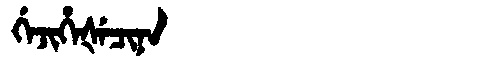
Manchu: ᡤᡝᠵᡳᡥᡝᡧᡝᠴᡳᠨᠠ
Romanization: GEJIHEŠECINA